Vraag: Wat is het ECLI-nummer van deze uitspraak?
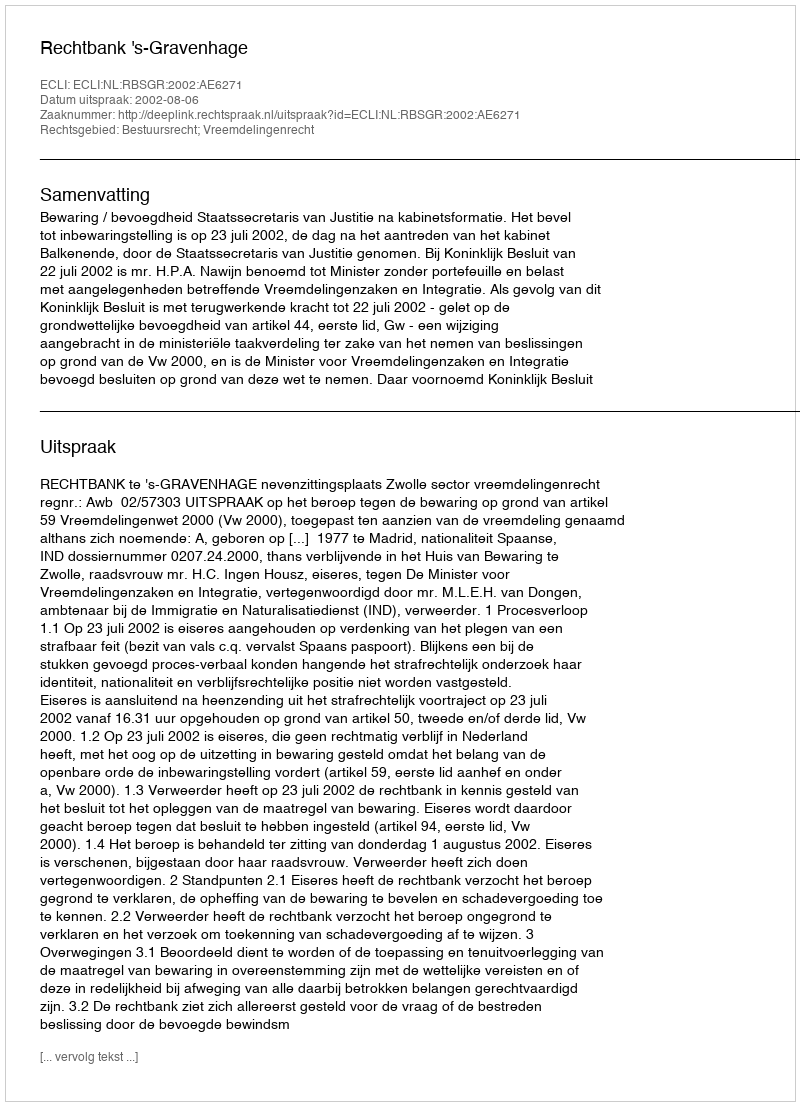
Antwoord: ECLI:NL:RBSGR:2002:AE6271